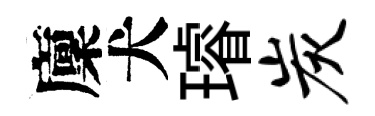
廩犬璿炭